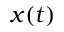
x ( t )